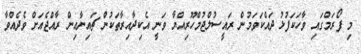
މި ފޯރަމްގައި ވާހަކަފުޅު ދައްކަވަމުން ރައީސުލްޖުމްހޫރިއްޔާ ވަނީ އެކިދާއިރާތަކުން ޗައިނާއިން ރާއްޖެއަށް ވެދެއްވާ